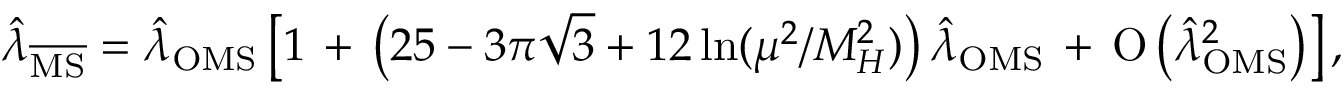
\hat { \lambda } _ { \overline { { \mathrm { M S } } } } = \hat { \lambda } _ { \mathrm { O M S } } \left[ 1 \, + \, \left( 2 5 - 3 \pi \sqrt { 3 } + 1 2 \ln ( { \mu ^ { 2 } } / { M _ { H } ^ { 2 } } ) \right) \hat { \lambda } _ { \mathrm { O M S } } \, + \, \mathrm { O } \left( \hat { \lambda } _ { \mathrm { O M S } } ^ { 2 } \right) \right] ,